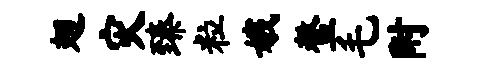
翅灾臻粒娥鳌毛附